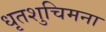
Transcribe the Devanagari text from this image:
धृतशुचिमना